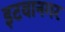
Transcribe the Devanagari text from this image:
इटवानगर